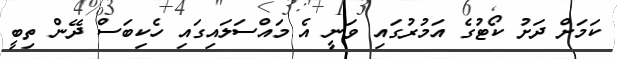
ކަމަށް ދަށު ކޯޓުގެ އަމުރުގައި ވަނީ އެ މައްސަލައިގައި ހެކިބަސް ދޭން ތިބީ